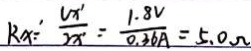
R x ^ { \prime } = \frac { U x ^ { \prime } } { 2 x ^ { \prime } } = \frac { 1 . 8 V } { 0 . 3 6 A } = 5 . 0 \Omega